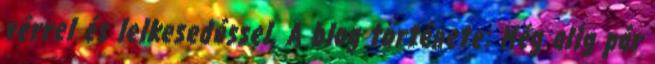
vérrel és lelkesedéssel. A blog története: Még alig pár